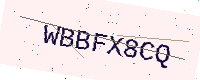
Text: WBBFX8CQ